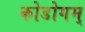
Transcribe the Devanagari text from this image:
कोडोगम्